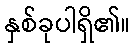
နှစ်ခုပါရှိ၏။